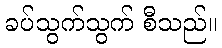
ခပ်သွက်သွက် စီသည်။